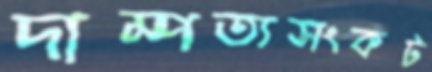
দাম্পত্যসংকট